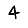
Digit: 4